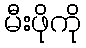
မီးဖိုကို